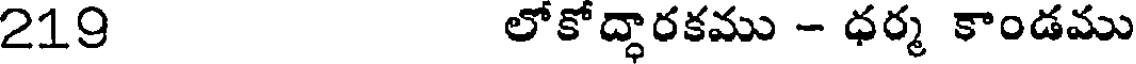
219 లోకోద్ధారకము - ధర్మ కాండము